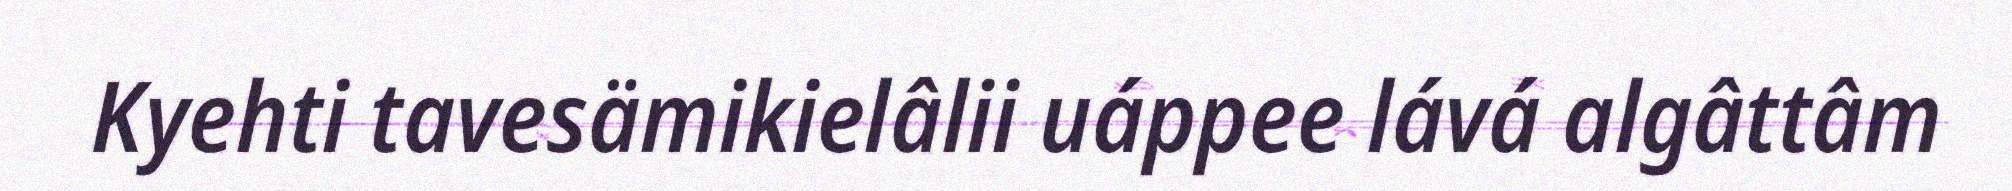
Kyehti tavesämikielâlii uáppee lává algâttâm